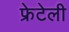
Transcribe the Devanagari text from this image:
फ्रेटेली